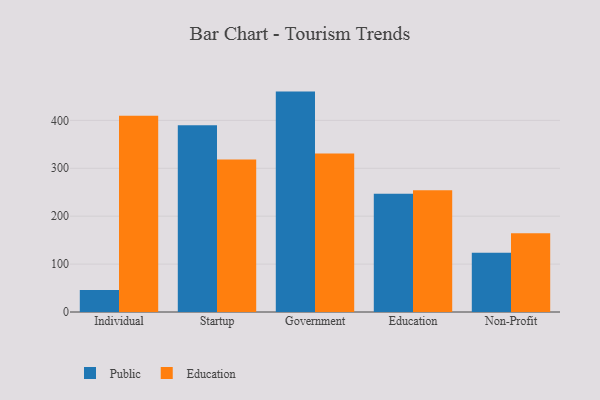
{"axis": {"x": "Segment", "y": "Website Visitors"}, "legend": ["Education", "Public"], "data": [{"x": "Individual", "y": 46.0, "type": "Public"}, {"x": "Individual", "y": 409.5, "type": "Education"}, {"x": "Startup", "y": 389.9, "type": "Public"}, {"x": "Startup", "y": 318.6, "type": "Education"}, {"x": "Government", "y": 460.1, "type": "Public"}, {"x": "Government", "y": 331.0, "type": "Education"}, {"x": "Education", "y": 246.9, "type": "Public"}, {"x": "Education", "y": 254.3, "type": "Education"}, {"x": "Non-Profit", "y": 123.9, "type": "Public"}, {"x": "Non-Profit", "y": 164.6, "type": "Education"}]}